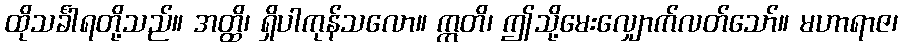
ထိုသင်္ခါရတို့သည်။ အတ္ထိ၊ ရှိပါကုန်သလော။ ဣတိ၊ ဤသို့မေးလျှောက်လတ်သော်။ မဟာရာဇ၊